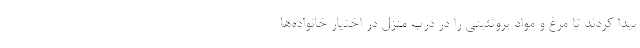
پیدا کردند تا مرغ و مواد پروتئینی را در درب منزل در اختیار خانواده‌ها